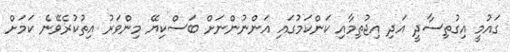
ގައުމީ އިގުތިސާދީ އަދި އިޖުތިމާއި ކަންކަމުގައި އަންނުންނަށް ބަސްކިޔޭ މިންވަރު އިތުކުރެވޭނެ ކަމަށް